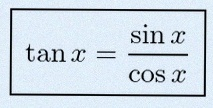
\tan x=\frac{\sin x}{\cos x}